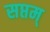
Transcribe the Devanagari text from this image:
सप्तम्‌